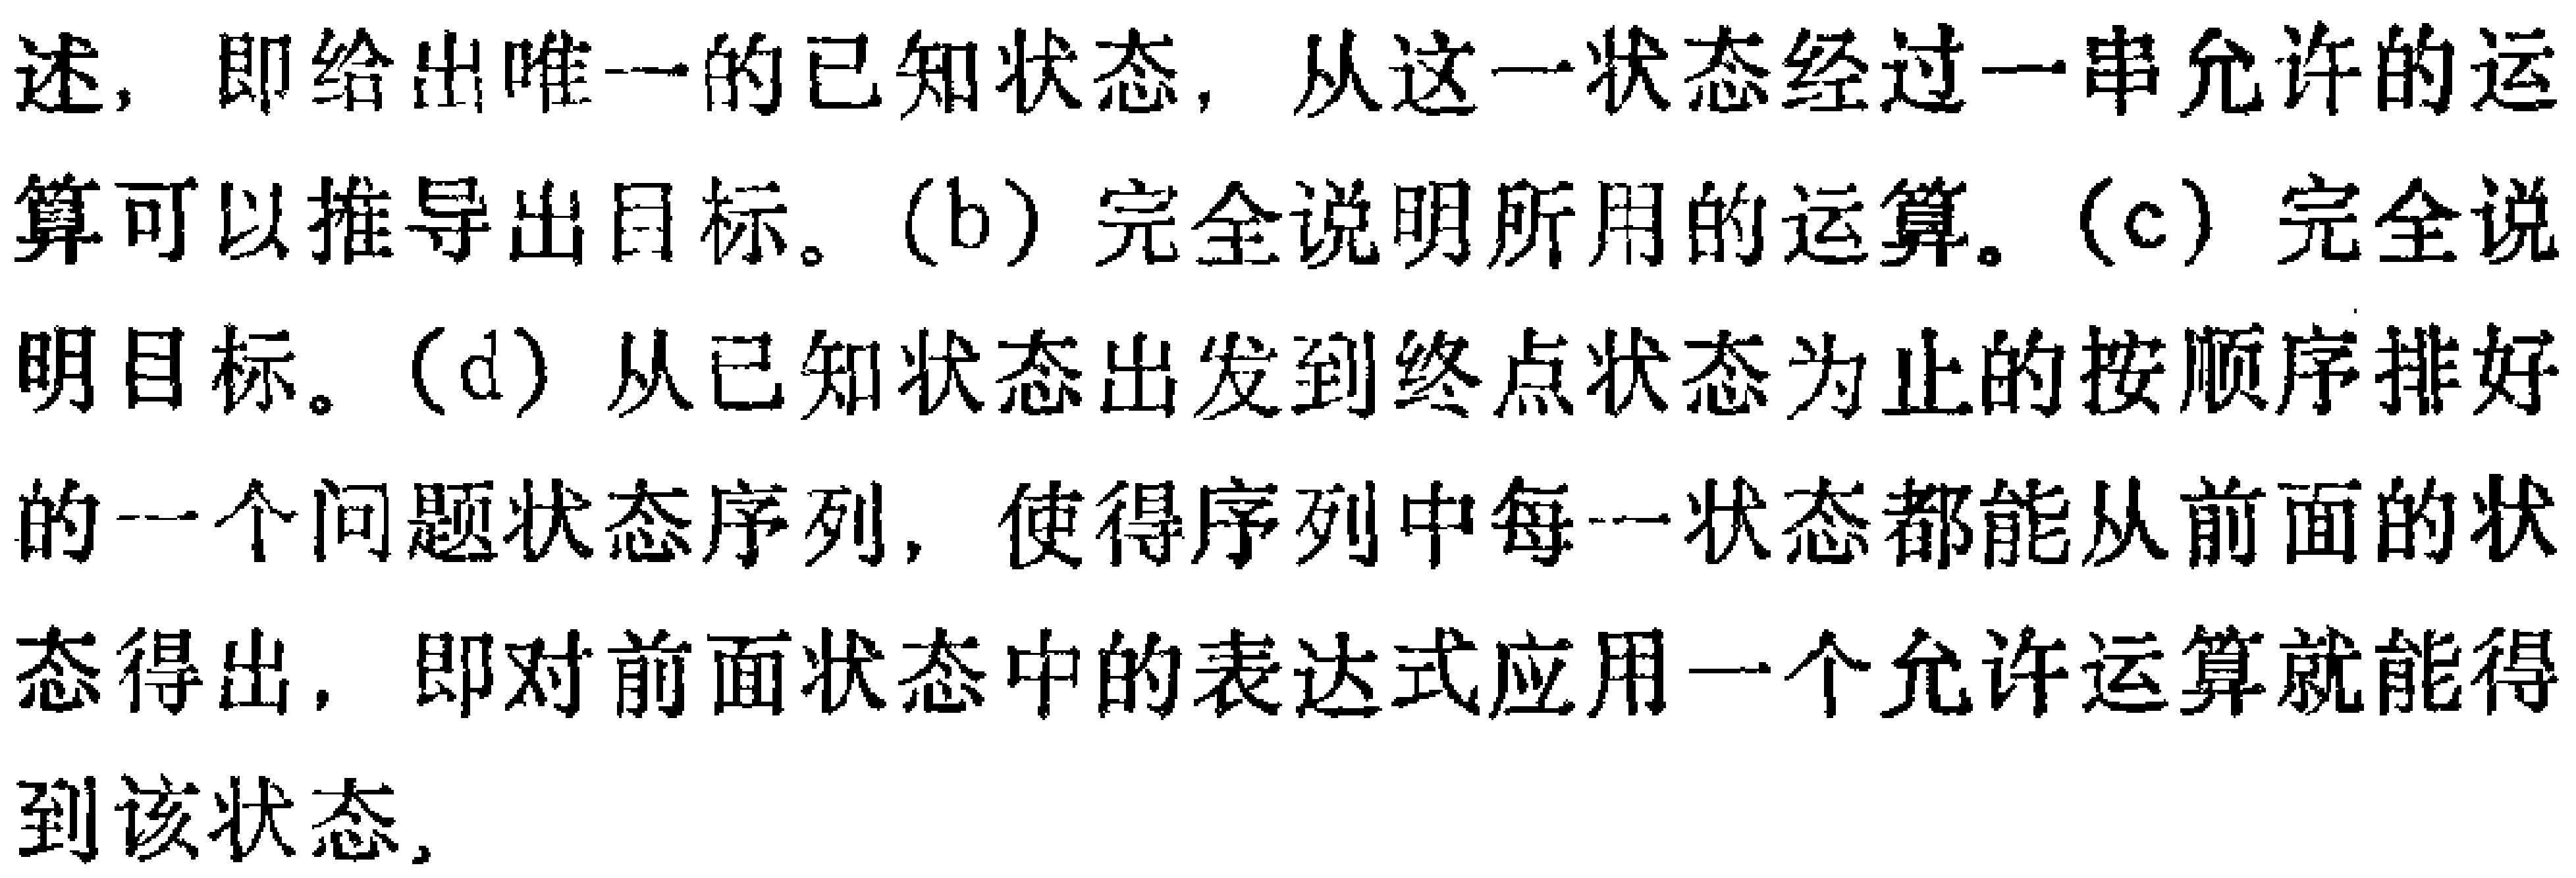
述，即给出唯一的已知状态，从这一状态经过一串允许的运算可以推导出目标。(b) 完全说明所用的运算。(c) 完全说明目标。(d) 从已知状态出发到终点状态为止的按顺序排好的一个问题状态序列，使得序列中每一状态都能从前面的状态得出，即对前面状态中的表达式应用一个允许运算就能得到该状态,